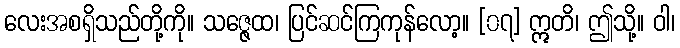
လေးအစရှိသည်တို့ကို။ သဇ္ဇေထ၊ ပြင်ဆင်ကြကုန်လော့။ [၀၇] ဣတိ၊ ဤသို့။ ဝါ၊